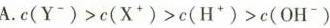
A.c(Y^{-})>c(X^{+})>c(H^{+})>c(OH^{-})